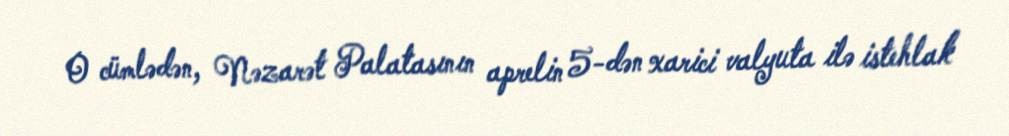
O cümlədən, Nəzarət Palatasının aprelin 5-dən xarici valyuta ilə istehlak